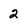
Character: 2